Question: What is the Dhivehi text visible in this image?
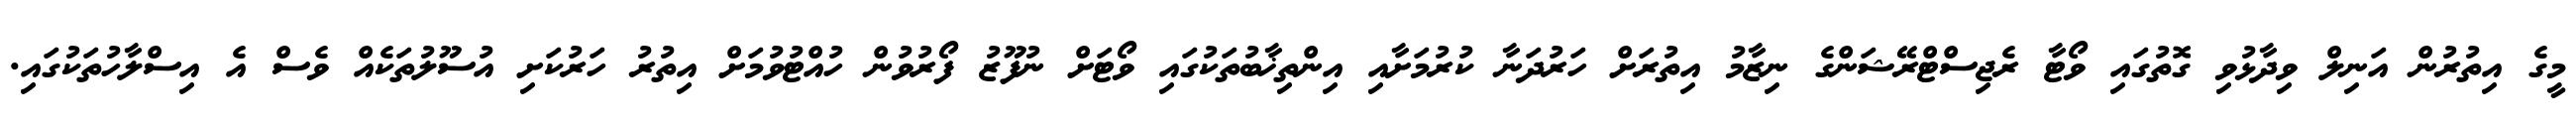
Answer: މީގެ އިތުރުން އަނިލް ވިދާޅުވި ގޮތުގައި ވޯޓާ ރެޖިސްޓްރޭޝަންގެ ނިޒާމު އިތުރަށް ހަރުދަނާ ކުރުމަށާއި އިންތިޚާބުތަކުގައި ވޯޓަށް ނުފޫޒު ފޯރުވުން ހުއްޓުވުމަށް އިތުރު ހަރުކަށި އުސޫލުތަކެއް ވެސް އެ އިސްލާހުތަކުގައި.